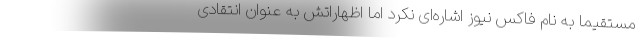
مستقیما به نام فاکس نیوز اشاره‌ای نکرد اما اظهاراتش به عنوان انتقادی